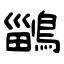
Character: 鶅